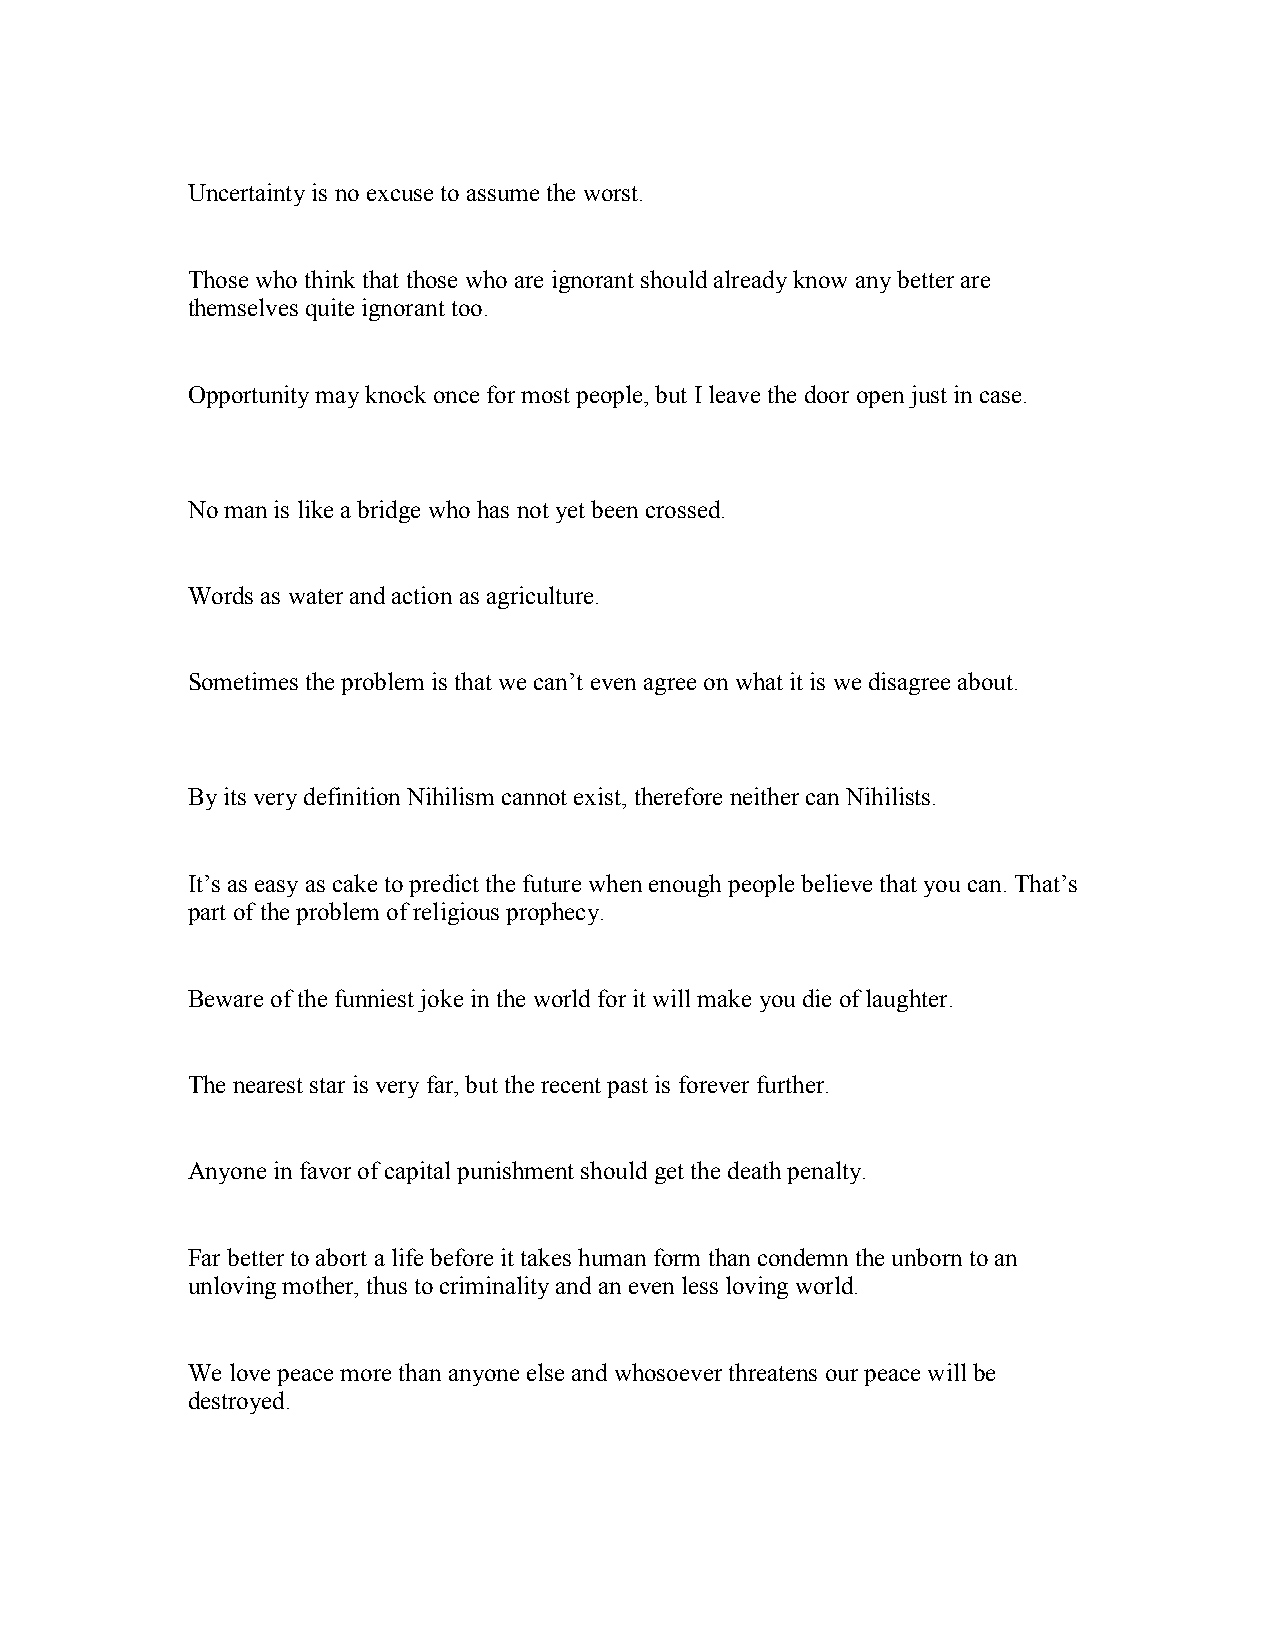
Uncertainty is no excuse to assume the worst.
 Those who think that those who are ignorant should already know any better are
 themselves quite ignorant too.
 Opportunity may knock once for most people, but I leave the door open just in case.
 No man is like a bridge who has not yet been crossed.
 Words as water and action as agriculture.
 Sometimes the problem is that we can’t even agree on what it is we disagree about.
 By its very definition Nihilism cannot exist, therefore neither can Nihilists.
 It’s as easy as cake to predict the future when enough people believe that you can. That’s
 part of the problem of religious prophecy.
 Beware of the funniest joke in the world for it will make you die of laughter.
 The nearest star is very far, but the recent past is forever further.
 Anyone in favor of capital punishment should get the death penalty.
 Far better to abort a life before it takes human form than condemn the unborn to an
 unloving mother, thus to criminality and an even less loving world.
 We love peace more than anyone else and whosoever threatens our peace will be
 destroyed.